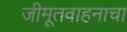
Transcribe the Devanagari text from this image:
जीमूतवाहनाचा